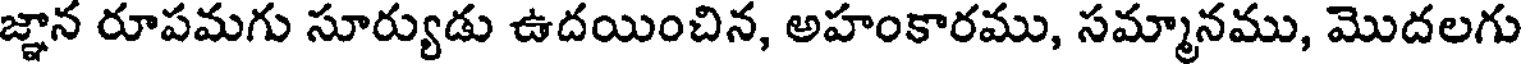
జ్ఞాన రూపమగు సూర్యుడు ఉదయించిన, అహంకారము, సమ్మానము, మొదలగు